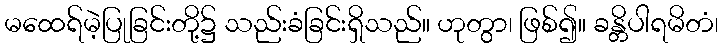
မထေရ်မဲ့ပြုခြင်းတို့၌ သည်းခံခြင်းရှိသည်။ ဟုတွာ၊ ဖြစ်၍။ ခန္တိပါရမိတံ၊